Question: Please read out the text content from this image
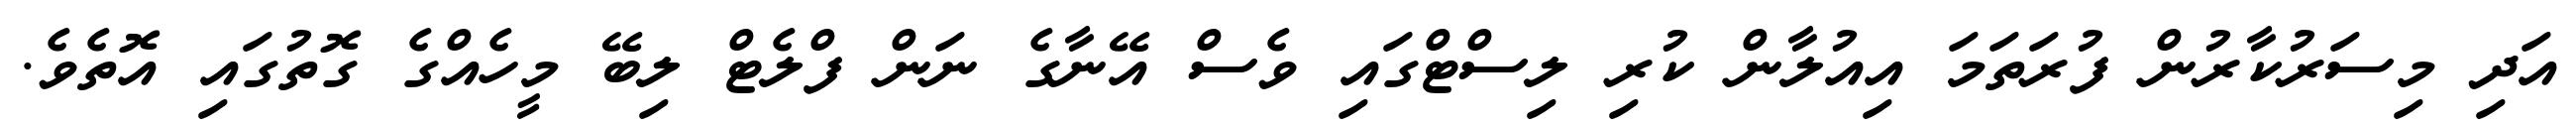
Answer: އަދި މިސަރުކާރުން ފުރަތަމަ އިއުލާން ކުރި ލިސްޓްގައި ވެސް އޭނާގެ ނަން ފްލެޓް ލިބޭ މީހެއްގެ ގޮތުގައި އޮތެވެ.